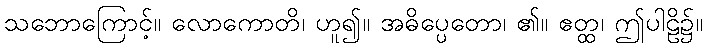
သဘောကြောင့်။ လောကောတိ၊ ဟူ၍။ အဓိပ္ပေတော၊ ၏။ ဧတ္ထ၊ ဤပါဠိ၌။